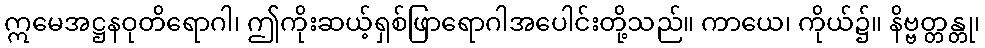
ဣမေအဋ္ဌနဝုတိရောဂါ၊ ဤကိုးဆယ့်ရှစ်ဖြာရောဂါအပေါင်းတို့သည်။ ကာယေ၊ ကိုယ်၌။ နိဗ္ဗတ္တန္တု၊